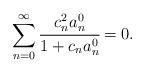
LaTeX: \begin{align*}\sum_{n=0}^{\infty} \cfrac{c_n^2 a_n^0}{1 + c_n a_n^0} = 0.\end{align*}